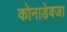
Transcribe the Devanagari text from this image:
कोनाडेवजा